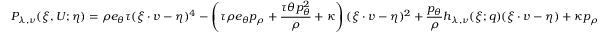
P _ { \lambda , \nu } ( \xi , U ; \eta ) = \rho e _ { \theta } \tau ( \xi \cdot v - \eta ) ^ { 4 } - \left( \tau \rho e _ { \theta } p _ { \rho } + \frac { \tau \theta p _ { \theta } ^ { 2 } } { \rho } + \kappa \right) ( \xi \cdot v - \eta ) ^ { 2 } + \frac { p _ { \theta } } { \rho } h _ { \lambda , \nu } ( \xi ; q ) ( \xi \cdot v - \eta ) + \kappa p _ { \rho }